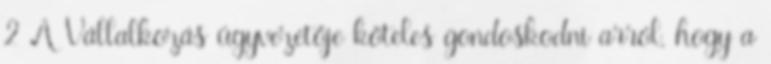
2 A Vállalkozás ügyvezetője köteles gondoskodni arról, hogy a